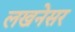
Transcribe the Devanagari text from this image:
लखनेसर